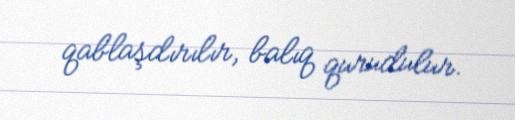
qablaşdırılır, balıq qurudulur.